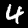
Label: 4